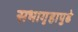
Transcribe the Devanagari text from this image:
सभागृहापुढे